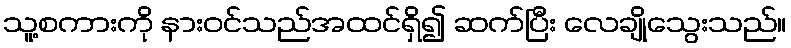
သူ့စကားကို နားဝင်သည်အထင်ရှိ၍ ဆက်ပြီး လေချိုသွေးသည်။